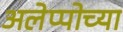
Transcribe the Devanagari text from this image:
अलेप्पोच्या